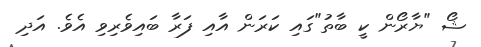
ޝޯ "ޔާރޯން ކީ ބާތު"ގައި ކަރަން އާއި ފަރާ ބައިވެރިވި އެވެ. އަދި